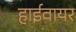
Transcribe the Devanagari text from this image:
हाईवायर